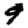
Digit: 9